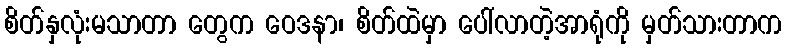
စိတ်နှလုံးမသာတာ တွေက ဝေဒနာ၊ စိတ်ထဲမှာ ပေါ်လာတဲ့အာရုံကို မှတ်သားတာက